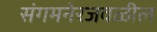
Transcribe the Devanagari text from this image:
संगमनेरजवळील